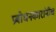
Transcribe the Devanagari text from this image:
प्रबोधनकारांनीच